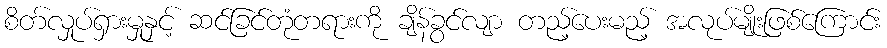
စိတ်လှုပ်ရှားမှုနှင့် ဆင်ခြင်တုံတရားကို ချိန်ခွင်လျာ တည့်ပေးမည့် အလုပ်မျိုးဖြစ်ကြောင်း